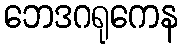
ဘေဒဂရုကေန